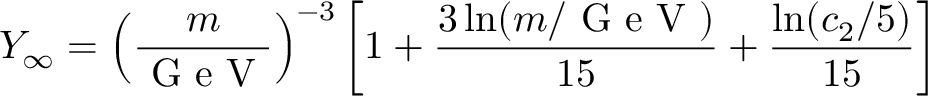
Y _ { \infty } = \left( \frac { m } { \textrm { G e V } } \right) ^ { - 3 } \left[ 1 + \frac { 3 \ln ( m / \textrm { G e V } ) } { 1 5 } + \frac { \ln ( c _ { 2 } / 5 ) } { 1 5 } \right]